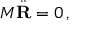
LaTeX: M { \ddot { \mathbf { R } } } = 0 \, ,